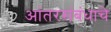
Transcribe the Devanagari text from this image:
आंतरसंबंधाचे